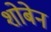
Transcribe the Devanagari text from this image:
शोबेन